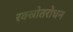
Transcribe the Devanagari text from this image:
रक्स्रोतरोधन